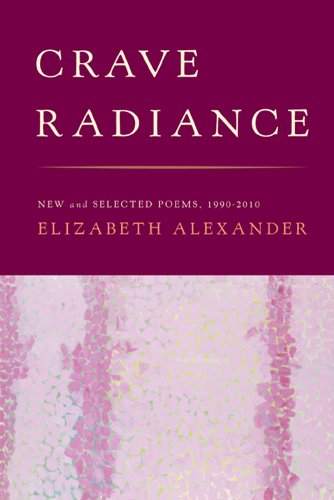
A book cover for Crave Radiance: New and Selected Poems 1990-2010; Elizabeth Alexander; Literature & Fiction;